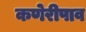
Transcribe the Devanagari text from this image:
कणेरीपाव